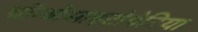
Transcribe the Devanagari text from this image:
थ्रॉम्बोसाइटोपेनिया